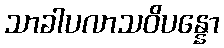
သာခါပလာသဝိပန္နော